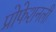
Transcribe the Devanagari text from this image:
प्रोफेशनली